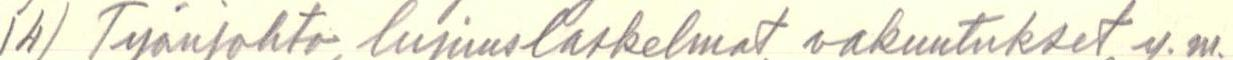
14) Työnjohto, lujuuslaskelmat, vakuutukset y.m.